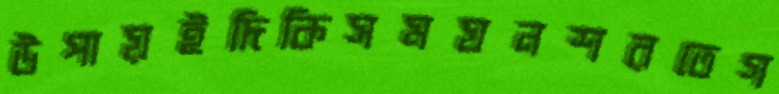
উপায়ইদিকিসমঘনশরতেগ